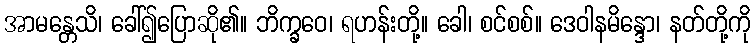
အာမန္တေသိ၊ ခေါ်၍ပြောဆို၏။ ဘိက္ခဝေ၊ ရဟန်းတို့။ ခေါ၊ စင်စစ်။ ဒေဝါနမိန္ဒော၊ နတ်တို့ကို